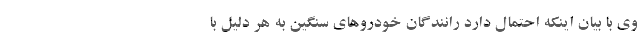
وی با بیان اینکه احتمال دارد رانندگان خودرو‌های سنگین به هر دلیل با